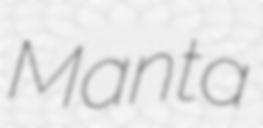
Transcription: Manta